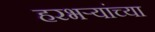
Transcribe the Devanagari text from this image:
हरभऱ्यांच्या